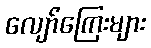
လျော်ကြေးများ